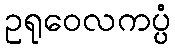
ဥရုဝေလကပ္ပံ